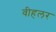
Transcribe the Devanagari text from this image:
वीहलर